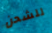
للشحن